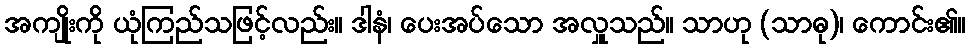
အကျိုးကို ယုံကြည်သဖြင့်လည်း။ ဒါနံ၊ ပေးအပ်သော အလှူသည်။ သာဟု (သာဓု)၊ ကောင်း၏။